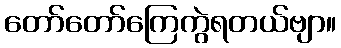
တော်တော်ကြေကွဲရတယ်ဗျာ။